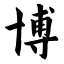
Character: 博